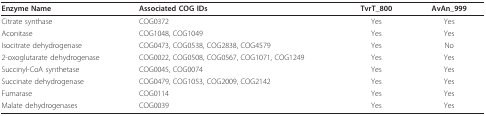
<table><thead><tr><td><b>Enzyme Name</b></td><td><b>Associated COG IDs</b></td><td><b>TvrT_800</b></td><td><b>AvAn_999</b></td></tr></thead><tbody><tr><td>Citrate synthase</td><td>COG0372</td><td>Yes</td><td>Yes</td></tr><tr><td>Aconitase</td><td>COG1048, COG1049</td><td>Yes</td><td>Yes</td></tr><tr><td>Isocitrate dehydrogenase</td><td>COG0473, COG0538, COG2838, COG4579</td><td>Yes</td><td>No</td></tr><tr><td>2-oxoglutarate dehydrogenase</td><td>COG0022, COG0508, COG0567, COG1071, COG1249</td><td>Yes</td><td>Yes</td></tr><tr><td>Succinyl-CoA synthetase</td><td>COG0045, COG0074</td><td>Yes</td><td>Yes</td></tr><tr><td>Succinate dehydrogenase</td><td>COG0479, COG1053, COG2009, COG2142</td><td>Yes</td><td>Yes</td></tr><tr><td>Fumarase</td><td>COG0114</td><td>Yes</td><td>Yes</td></tr><tr><td>Malate dehydrogenases</td><td>COG0039</td><td>Yes</td><td>Yes</td></tr></tbody></table>